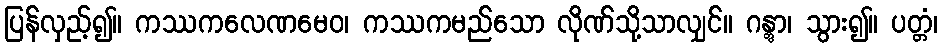
ပြန်လှည့်၍။ ကဿကလေဏမေဝ၊ ကဿကမည်သော လိုဏ်သို့သာလျှင်။ ဂန္တွာ၊ သွား၍။ ပတ္တံ၊